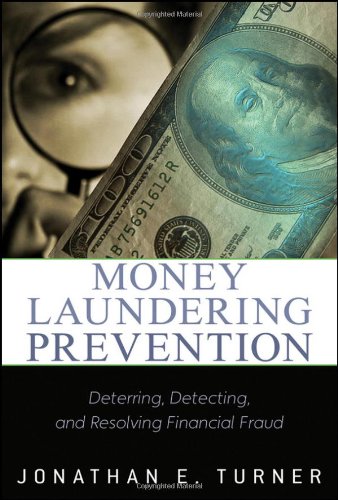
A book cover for Money Laundering Prevention: Deterring, Detecting, and Resolving Financial Fraud; Jonathan E. Turner; Biographies & Memoirs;